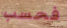
فحسب